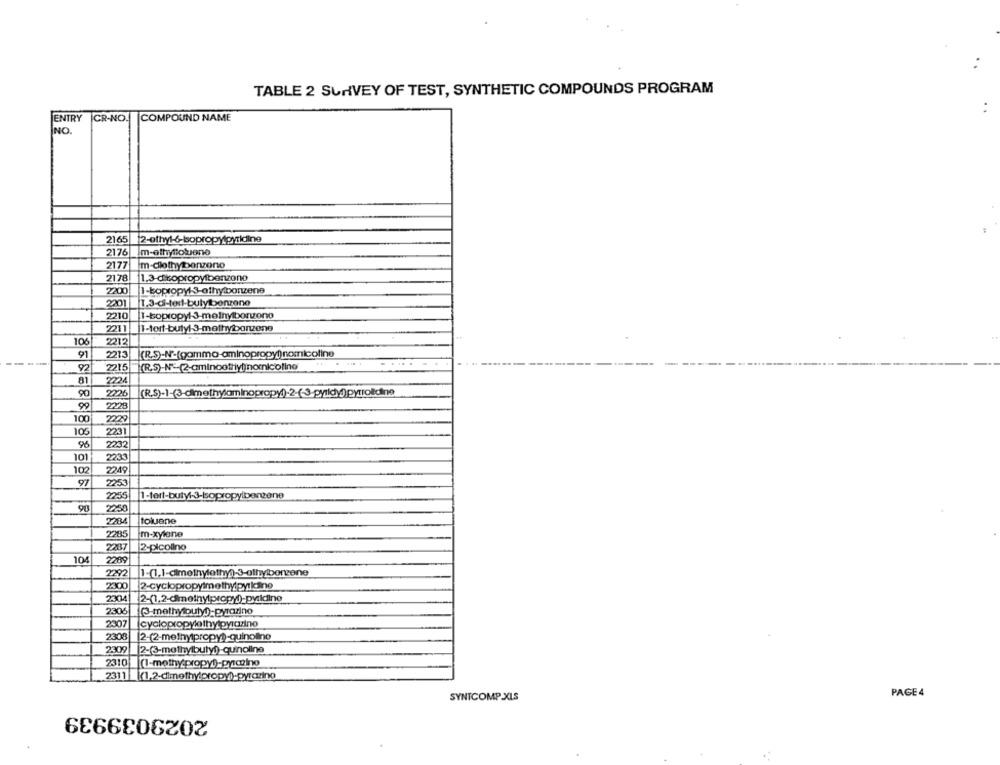
TABLE 2 SURVEY OF TEST, SYNTHETIC COMPOUNDS PROGRAM
ENTRY
CR-NO. COMPOUND NAME
NO.
2165
2-ethyl-6-Isopropylpyridine
2176
Im-ethyltolueno
2177
Im-clothybenzono
2178
11.3-dikopropylbenzono
2200
1-bopropy13-othy bonzene
2201 1.3-d-teil-butybenzene
2210
I-bopropyl3-melnyibonzeno
2211 I-tort-butyl 3-methybonzene
10
2212
91
2213
(R.S)-N'-(gamma-aminopropy))nomicoline
92
2215
81
2224
90
2226
99
2229
100
2229
105
2231
2232
101
2233
10
2249
97
2253
2255
1-tert-buty :- 3-isopropylbenzene
90
2250
2284
toluene
2285
Im-xylane
2287
2-picolino
104
2209
2292
2300
2-cyclopropylmethylpyidine
2304
2306 (3-methy outy) pyrazino
2307
2308
2-(2-methylpropy))-quinoline
2309
2-(3-methylbuty!)-quinoline
2310(1-methy propy))-pyrazino
2311 (1,2-dimethylpropy))-pyraring
PAGE 4
SYNTCOMP.XLS
2029039939